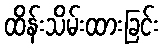
ထိန်းသိမ်းထားခြင်း